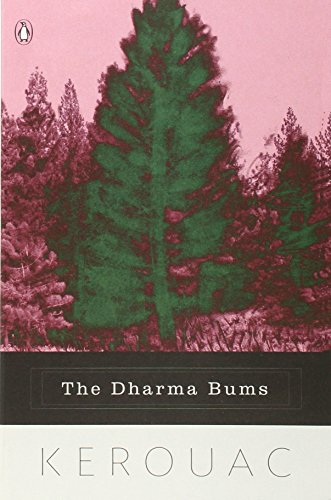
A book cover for The Dharma Bums; Jack Kerouac; Literature & Fiction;